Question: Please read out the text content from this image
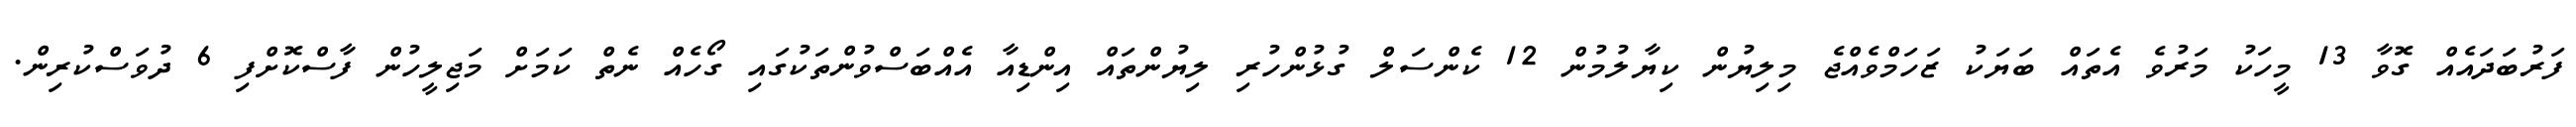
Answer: ފަރުބަދައެއް ގޮވާ 13 މީހަކު މަރުވެ އެތައް ބަޔަކު ޒަހަމްވެއްޖެ މިލިޔުން ކިޔާލުމުން 12 ކެންސަލް ގުޅުންހުރި ލިޔުންތައް އިންޑިއާ އެއްބަސްވުންތަކުގައި ގޯހެއް ނެތް ކަމަށް މަޖިލީހުން ފާސްކޮށްފި 6 ދުވަސްކުރިން.